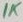
Text: 1K